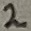
Text: 2